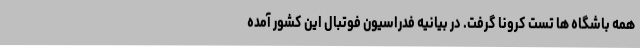
همه باشگاه ها تست کرونا گرفت. در بیانیه فدراسیون فوتبال این کشور آمده